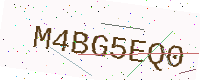
Text: M4BG5EQ0